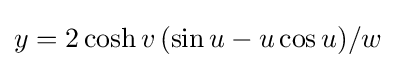
y=2\cosh v\,(\sin u-u\cos u)/w